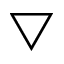
\bigtriangledown